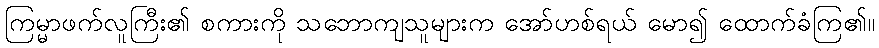
ကြမ္မာဖက်လူကြီး၏ စကားကို သဘောကျသူများက အော်ဟစ်ရယ် မော၍ ထောက်ခံကြ၏။